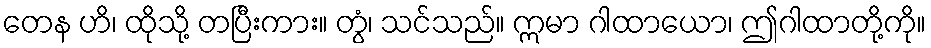
တေန ဟိ၊ ထိုသို့ တပြီးကား။ တွံ၊ သင်သည်။ ဣမာ ဂါထာယော၊ ဤဂါထာတို့ကို။